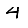
Digit: 4